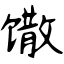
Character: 馓